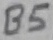
Text: B5